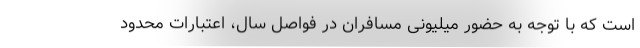
است که با توجه به حضور میلیونی مسافران در فواصل سال، اعتبارات محدود